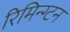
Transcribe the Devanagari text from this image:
रिमिन्ग्टन